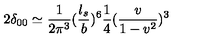
2 \delta _ { 0 0 } \simeq { \frac { 1 } { 2 \pi ^ { 3 } } } ( { \frac { l _ { s } } { b } } ) ^ { 6 } { \frac { 1 } { 4 } } ( { \frac { v } { 1 - v ^ { 2 } } } ) ^ { 3 }